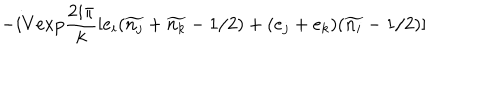
- i V \mathrm { e x p } \frac { 2 i \pi } { k } \left[ e _ { i } ( \widetilde { n _ { j } } + \widetilde { n _ { k } } - 1 / 2 ) + ( e _ { j } + e _ { k } ) ( \widetilde { n _ { i } } - 1 / 2 ) \right]